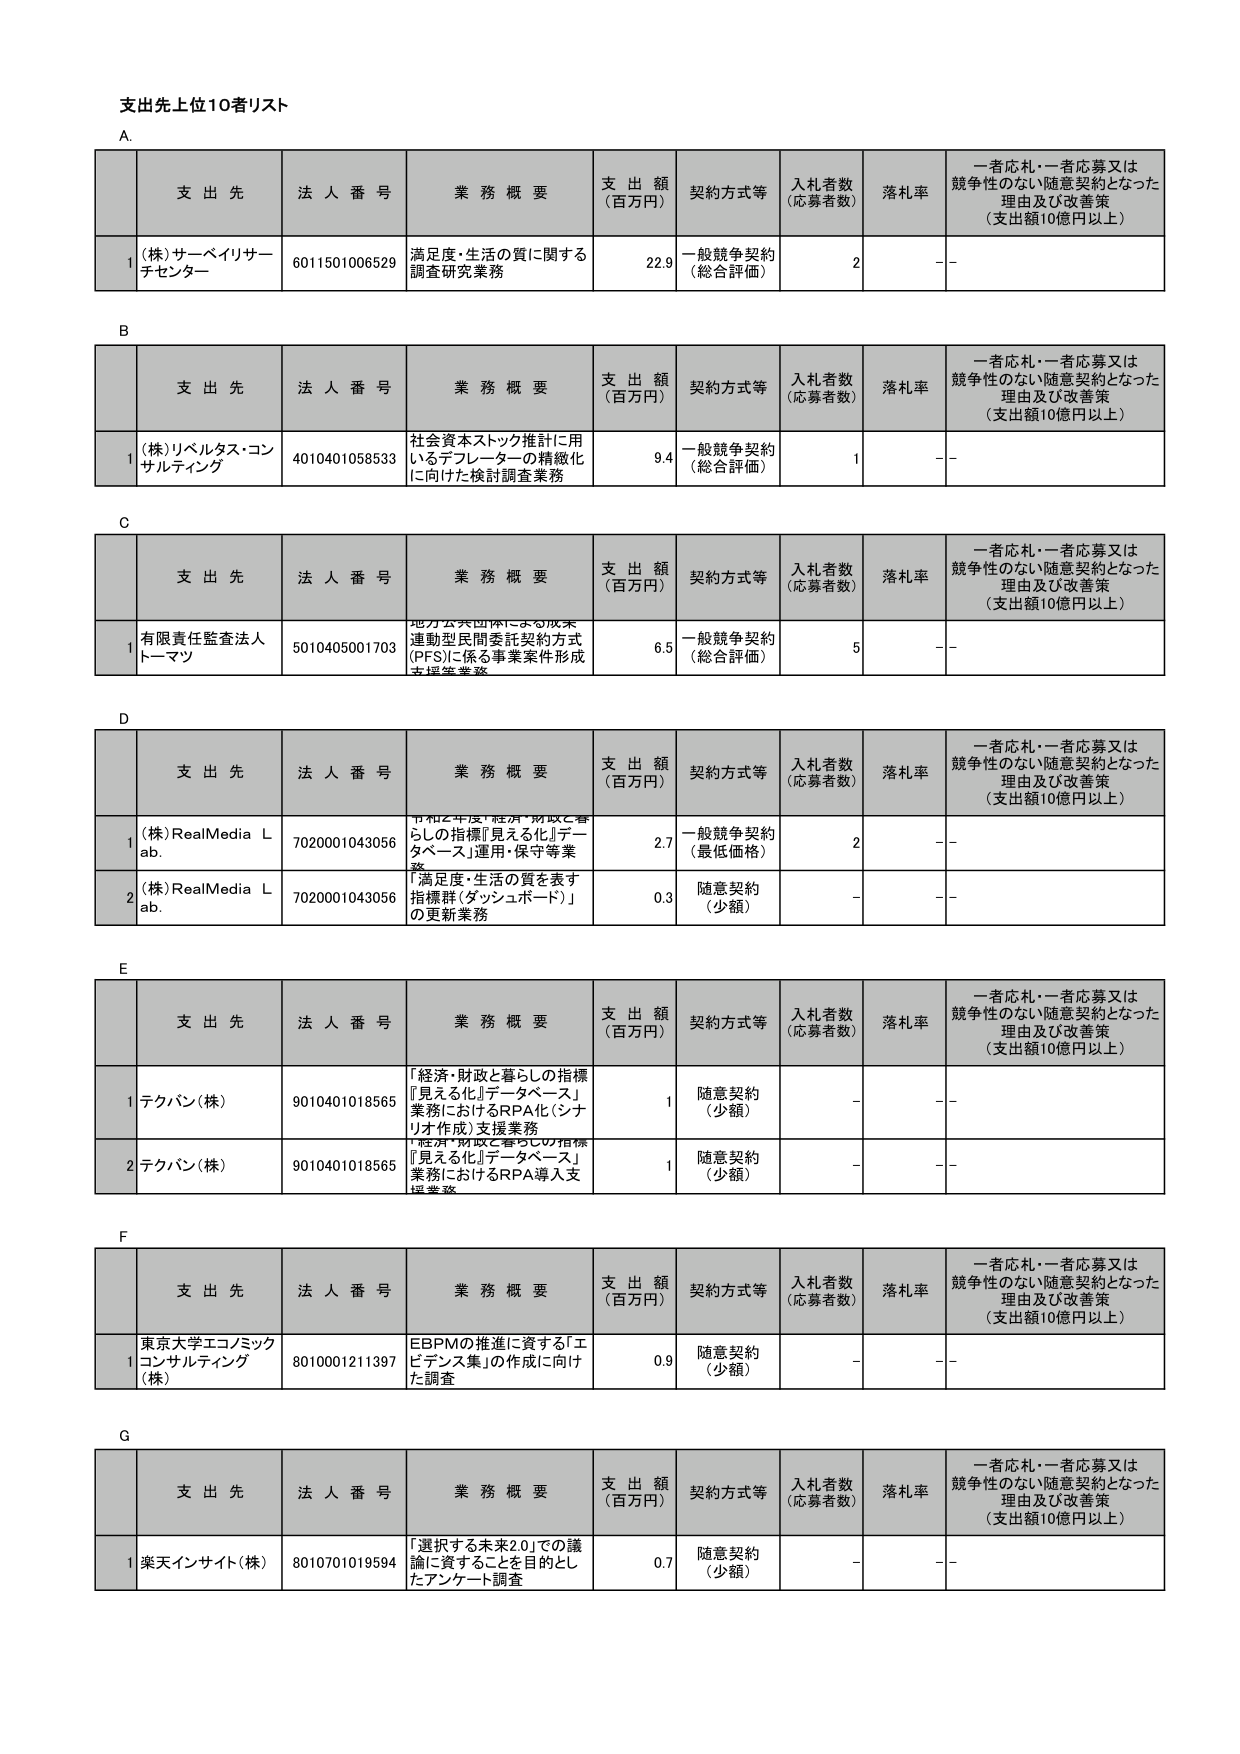
支出先上位10者リスト

A.
支 出 先 法 人 番 号 業 務 概 要 支 出 額 （百万円） 契約方式等 入札者数 （応募者数） 落札率 一者応札・一者応募又は 競争性のない随意契約となった 理由及び改善策 （支出額10億円以上）
1 (株)サーベイリサーチセンター 6011501006529 満足度・生活の質に関する 調査研究業務 22.9 一般競争契約 （総合評価） 2 --

B.
支 出 先 法 人 番 号 業 務 概 要 支 出 額 （百万円） 契約方式等 入札者数 （応募者数） 落札率 一者応札・一者応募又は 競争性のない随意契約となった 理由及び改善策 （支出額10億円以上）
1 (株)リベルタス・コンサルティング 4010401058533 社会資本ストック推計に用いるデフレーターの精緻化に向けた検討調査業務 9.4 一般競争契約 （総合評価） 1 --

C.
支 出 先 法 人 番 号 業 務 概 要 支 出 額 （百万円） 契約方式等 入札者数 （応募者数） 落札率 一者応札・一者応募又は 競争性のない随意契約となった 理由及び改善策 （支出額10億円以上）
1 有限責任監査法人 トーマツ 5010405001703 地方公共団体による成果 連動型民間委託契約方式 (PFS)に係る事業案件形成 支援等業務 6.5 一般競争契約 （総合評価） 5 --

D.
支 出 先 法 人 番 号 業 務 概 要 支 出 額 （百万円） 契約方式等 入札者数 （応募者数） 落札率 一者応札・一者応募又は 競争性のない随意契約となった 理由及び改善策 （支出額10億円以上）
1 (株)RealMedia Lab. 7020001043056 平成2年度「経済・財政と暮らしの指標『見える化』データベース」運用・保守等業務 2.7 一般競争契約 （最低価格） 2 --
2 (株)RealMedia Lab. 7020001043056 「満足度・生活の質を表す 指標群（ダッシュボード）」 の更新業務 0.3 随意契約 （少額） - --

E.
支 出 先 法 人 番 号 業 務 概 要 支 出 額 （百万円） 契約方式等 入札者数 （応募者数） 落札率 一者応札・一者応募又は 競争性のない随意契約となった 理由及び改善策 （支出額10億円以上）
1 テクバン(株) 9010401018565 「経済・財政と暮らしの指標『見える化』データベース」業務におけるRPA化（シナリオ作成）支援業務 1 随意契約 （少額） - --
2 テクバン(株) 9010401018565 「経済・財政と暮らしの指標『見える化』データベース」業務におけるRPA導入支援業務 1 随意契約 （少額） - --

F.
支 出 先 法 人 番 号 業 務 概 要 支 出 額 （百万円） 契約方式等 入札者数 （応募者数） 落札率 一者応札・一者応募又は 競争性のない随意契約となった 理由及び改善策 （支出額10億円以上）
1 東京大学エコノミックコンサルティング(株) 8010001211397 EBBPMの推進に資する「エビデンス集」の作成に向けた調査 0.9 随意契約 （少額） - --

G.
支 出 先 法 人 番 号 業 務 概 要 支 出 額 （百万円） 契約方式等 入札者数 （応募者数） 落札率 一者応札・一者応募又は 競争性のない随意契約となった 理由及び改善策 （支出額10億円以上）
1 楽天インサイト(株) 8010701019594 「選択する未来2.0」での議論に資することを目的としたアンケート調査 0.7 随意契約 （少額） - --